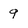
Character: 9